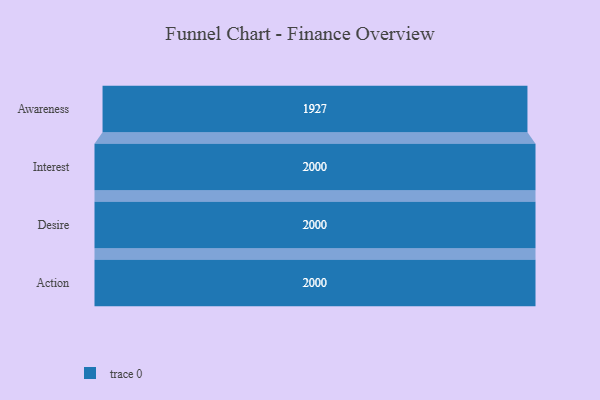
{"axis": {"x": "Stage", "y": "Value"}, "legend": [""], "data": [{"x": "Awareness", "y": 1927.0, "type": ""}, {"x": "Interest", "y": 2000, "type": ""}, {"x": "Desire", "y": 2000, "type": ""}, {"x": "Action", "y": 2000, "type": ""}]}